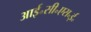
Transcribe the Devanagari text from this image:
आई॰सी॰एस॰ई॰